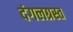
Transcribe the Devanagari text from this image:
दंगलग्रस्त